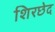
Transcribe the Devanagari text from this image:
शिरछेद